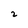
Character: 2